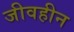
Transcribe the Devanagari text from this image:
जीवहीन